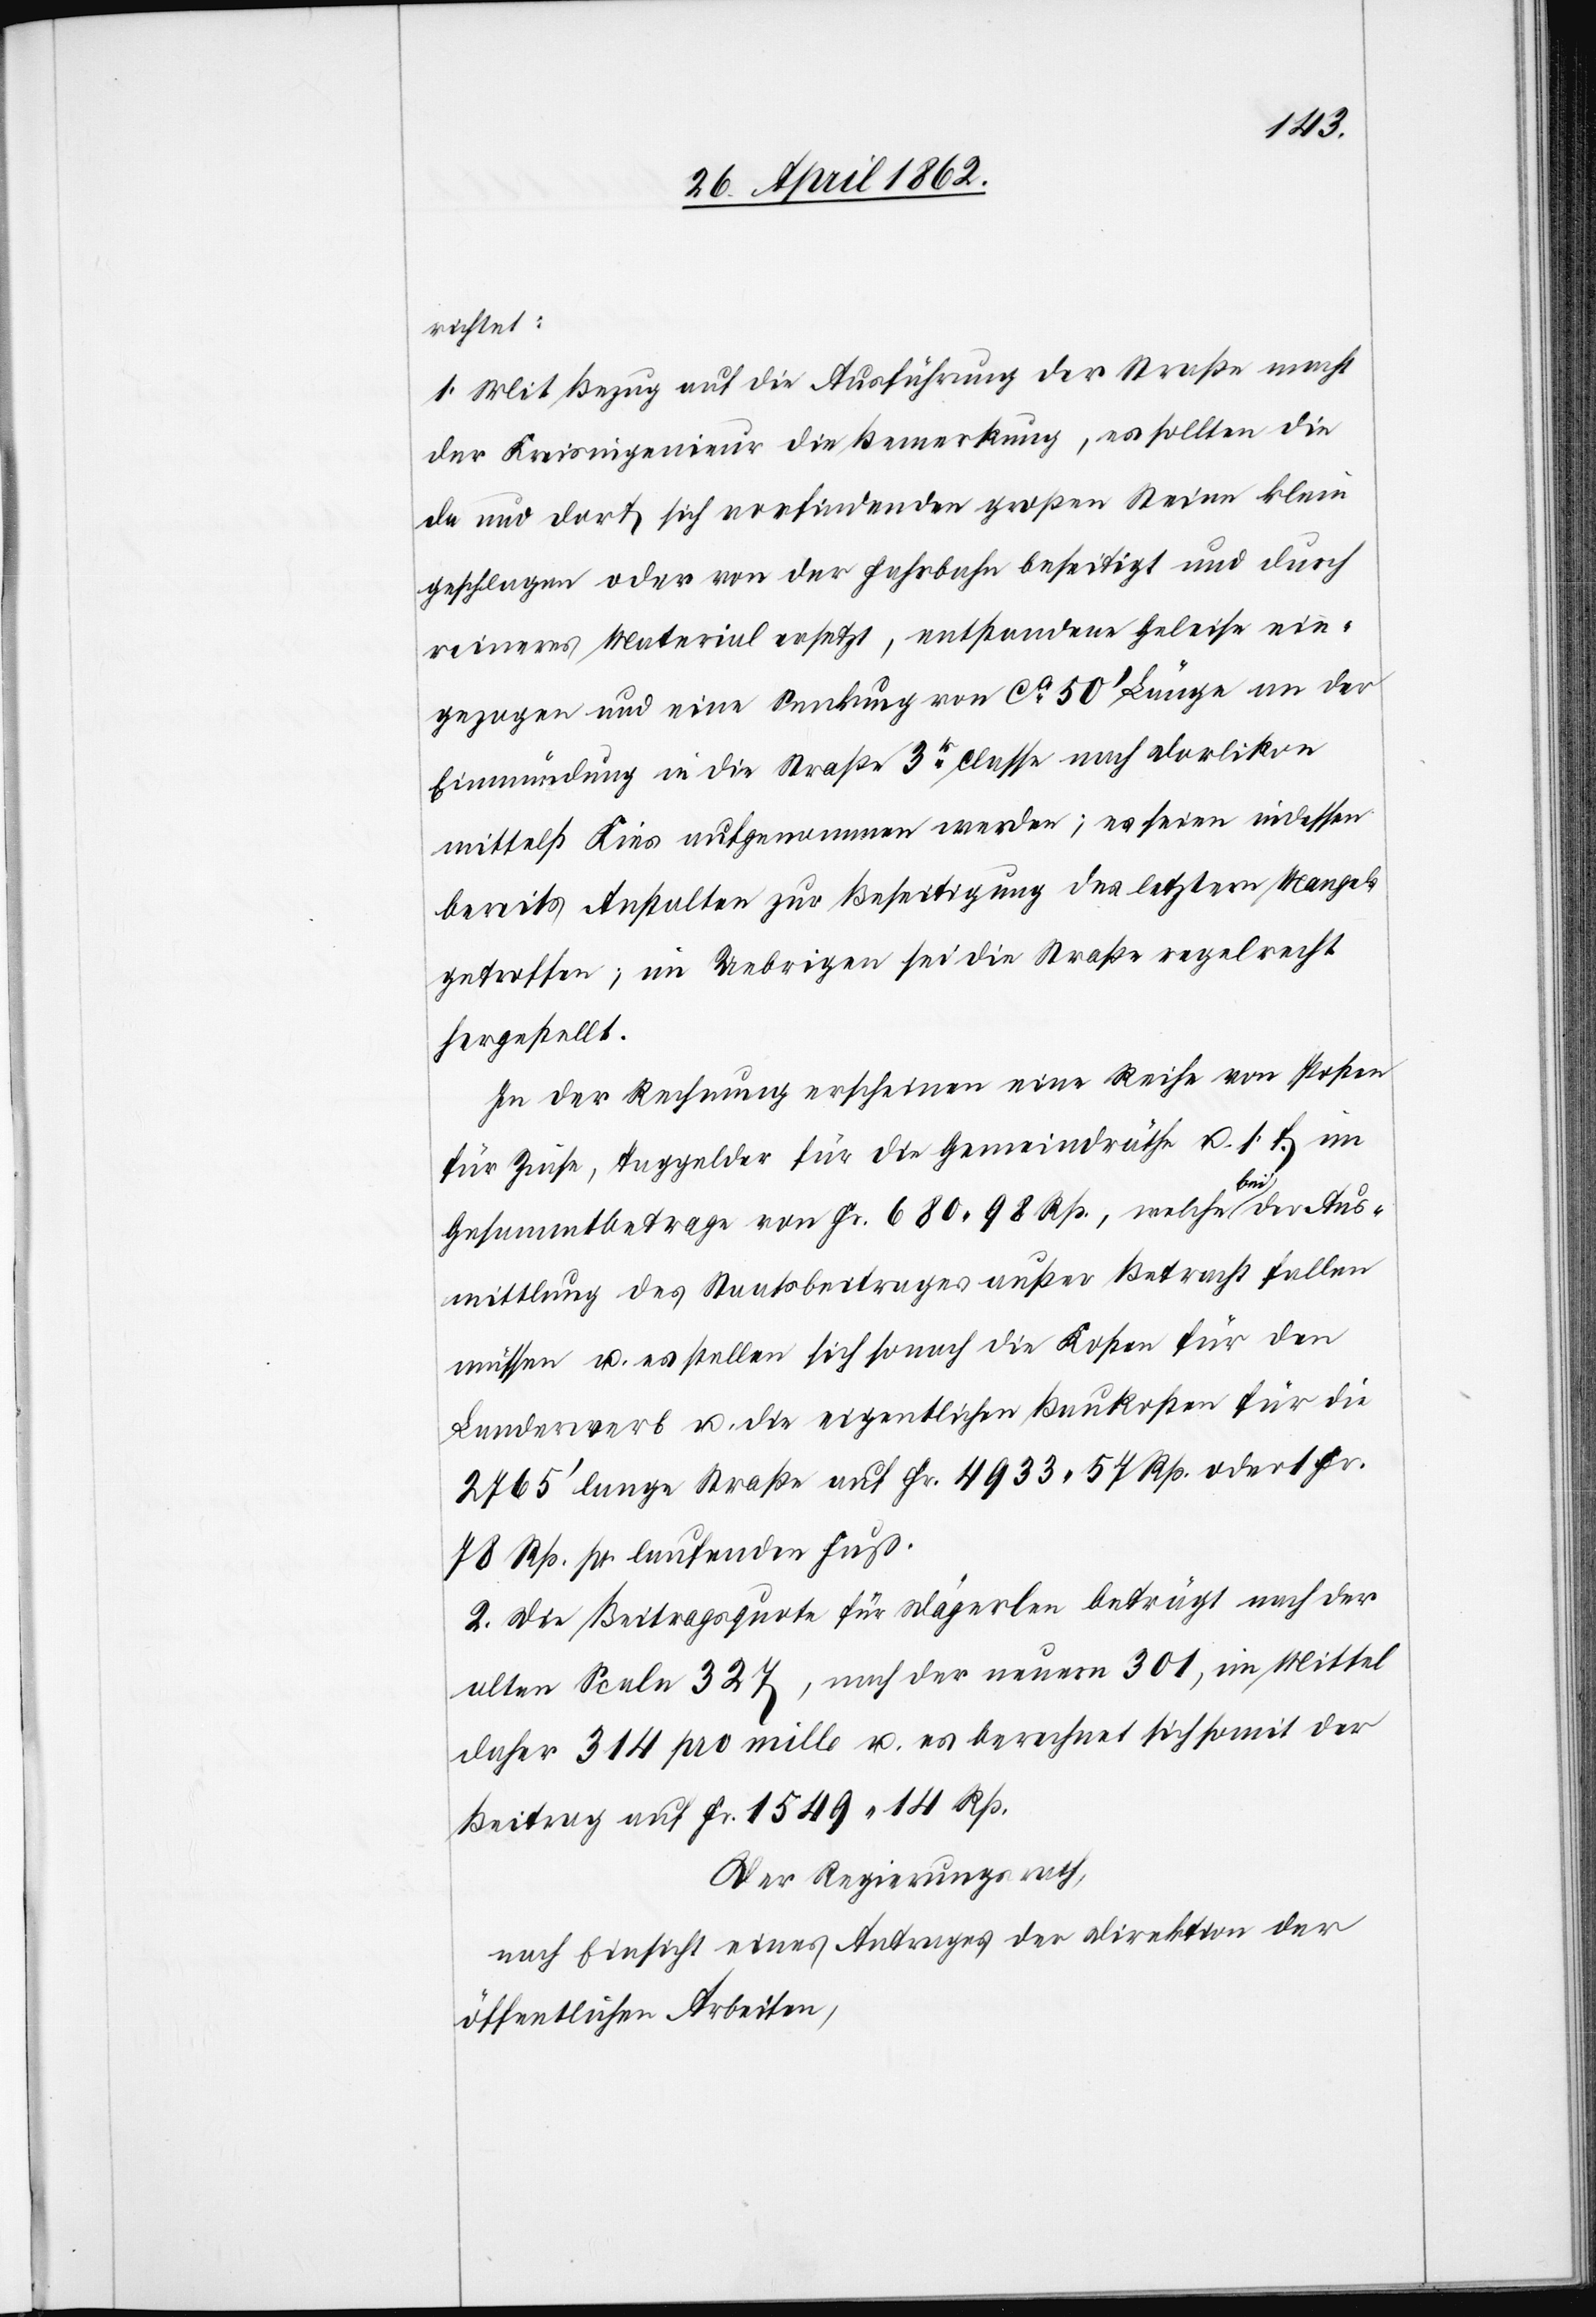
richtet:
1. Mit Bezug auf die Ausführung der Straße macht
der Kreisingenieur die Bemerkung, es sollten die
da und dort sich vorfindenden großen Steine klein
geschlagen oder von der Fahrbahn beseitigt und durch
reineres Material ersetzt, entstandene Geleise ein¬
gezogen und eine Senkung von ca. 50’ Länge an der
Einmündung in die Straße 3r Classe nach Dorlikon
mittelst Kies aufgenommen werden; es seien indessen
bereits Anstalten zur Beseitigung der letztern Mangel
getroffen; im Uebrigen sei die Straße regelrecht
hergestellt.
In der Rechnung erscheinen eine Reihe von Posten
für Zinse, Taggelder für die Gemeindräthe u. s. f. im
Gesammtbetrage von Fr. 680 98 Rp., welche bei der Aus¬
mittlung des Staatsbeitrages außer Betracht fallen
müssen u. es stellen sich sonach die Kosten für den
Landerwerb u. die eigentlichen Baukosten für die
2765’ lange Straße auf Fr. 4933 54 Rp. oder 1 Fr.
78 Rp. pr. laufenden Fuß.
2. Die Beitragsquote für Dägerlen beträgt nach der
alten Scala 327, nach der neuern 301, im Mittel
daher 314 pro mille u. es berechnet sich somit der
Beitrag auf Fr. 1549 14 Rp.
Der Regierungsrath,
nach Einsicht eines Antrages der Direktion der
öffentlichen Arbeiten,